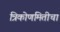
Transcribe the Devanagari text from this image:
त्रिकोणमितीचा